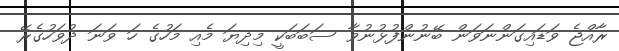
ރާއްޖެ ވަޑައިގަންނަވަން ބޭނުންފުޅުނުވާ ސަބަބަކީ މިދިޔަ މެއި މަހުގެ ހަ ވަނަ ދުވަހުގެރޭ